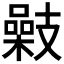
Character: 𢻥